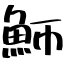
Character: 魳